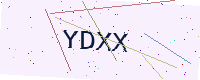
Text: YDXX